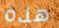
هذه